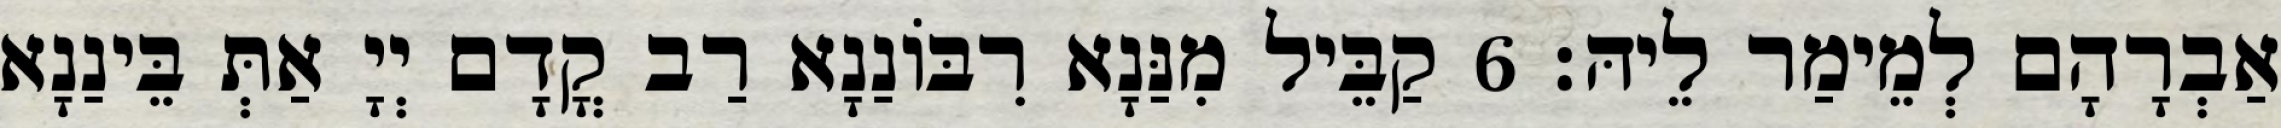
אַבְרָהָם לְמֵימַר לֵיהּ׃ 6 קַבֵּיל מִנַּנָא רִבּוֹנַנָא רַב קֳדָם יְיָ אַתְּ בֵּינַנָא